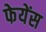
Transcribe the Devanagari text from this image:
फेयेंस